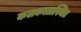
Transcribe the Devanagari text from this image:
कलकत्तास्थित